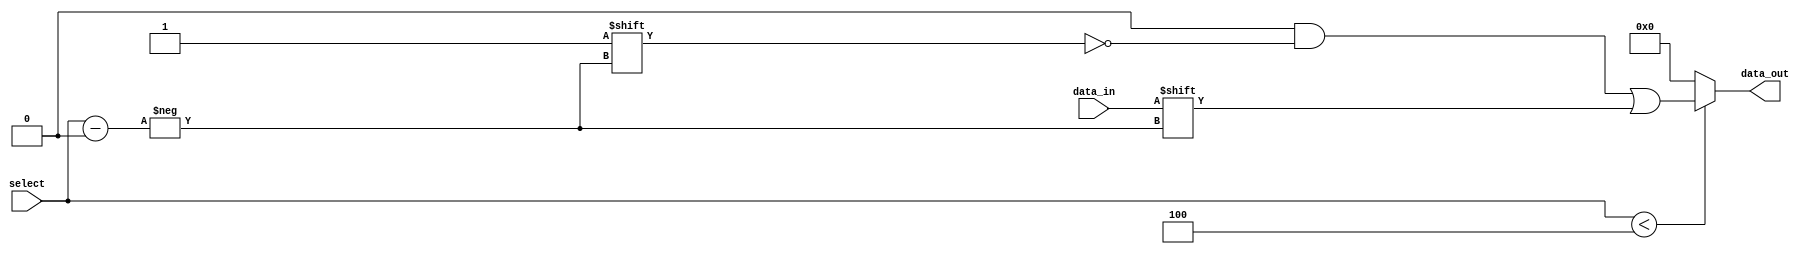
module ParameterizedDemux #(
    parameter N = 4 // Number of output lines
) (
    input wire data_in,               // Input data signal
    input wire [$clog2(N)-1:0] select, // Select signal (log2(N) bits)
    output reg [N-1:0] data_out       // Output lines (array of outputs)
);

// Always block that triggers on the change of data_in or select signals
always @(*) begin
    // Default: drive all outputs low
    data_out = {N{1'b0}}; // Set all outputs to low

    // Check if select is within valid range
    if (select < N) begin
        // Route data_in to the selected output line
        data_out[select] = data_in;
    end
end

endmodule